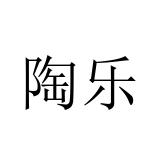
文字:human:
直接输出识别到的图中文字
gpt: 陶乐